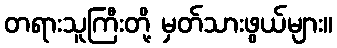
တရားသူကြီးတို့ မှတ်သားဖွယ်များ။